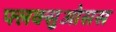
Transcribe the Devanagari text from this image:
फ्लक्सुओसस